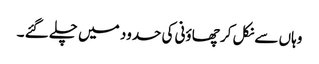
وہاں سے نکل کر چھاؤنی کی حدود میں چلے گئے ۔